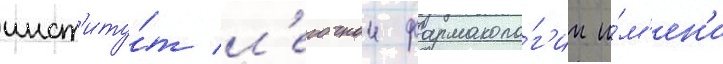
инст'иту́т л'егочнои фармаколо́г'ии и́м'ен'и